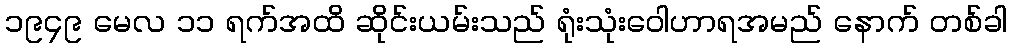
၁၉၄၉ မေလ ၁၁ ရက်အထိ ဆိုင်းယမ်းသည် ရုံးသုံးဝေါဟာရအမည် နောက် တစ်ခါ